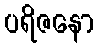
ပရိဇနော